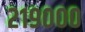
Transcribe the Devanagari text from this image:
२१९०००